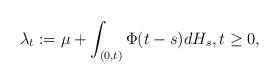
LaTeX: \begin{align*}\lambda_t:=\mu + \int_{(0,t)} \Phi(t-s) dH_s, t\geq 0,\end{align*}